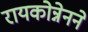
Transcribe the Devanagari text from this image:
रायकोन्नेनने